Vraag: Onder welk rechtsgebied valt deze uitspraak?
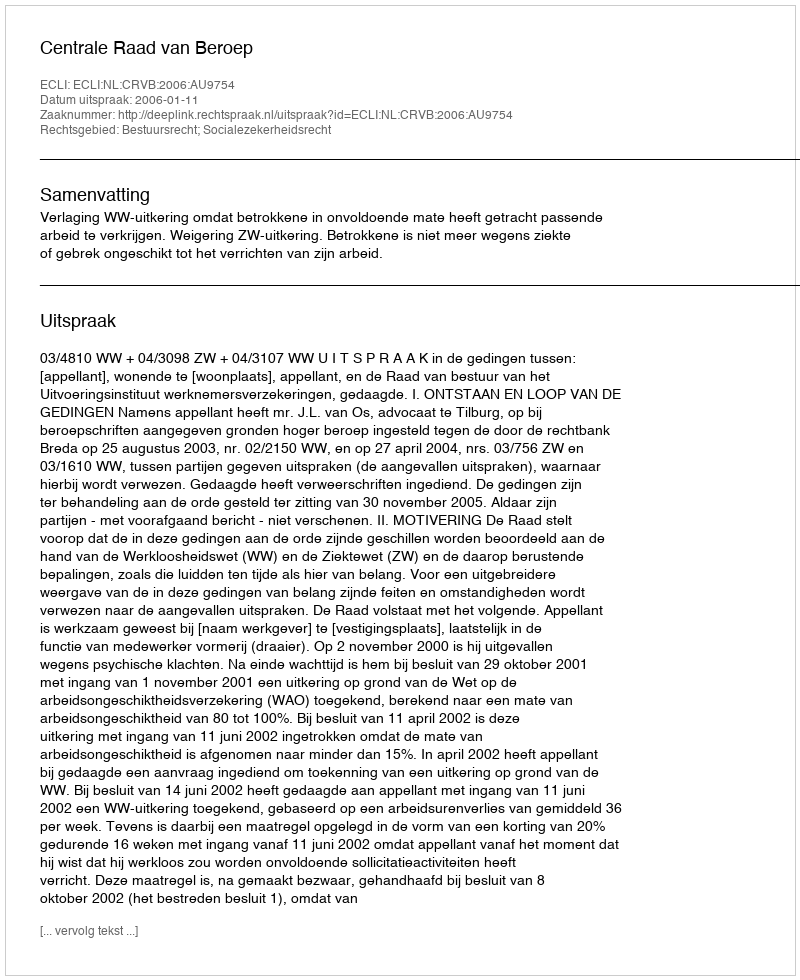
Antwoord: Bestuursrecht; Socialezekerheidsrecht